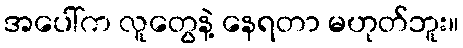
အပေါ်က လူတွေနဲ့ နေရတာ မဟုတ်ဘူး။